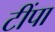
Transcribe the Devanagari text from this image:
टींपा